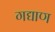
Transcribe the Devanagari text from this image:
गद्याण